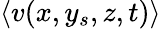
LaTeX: \langle v(x,y_{s},z,t)\rangle